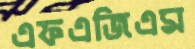
এফএজিএম